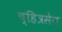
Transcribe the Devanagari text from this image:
च्हित्रसेन